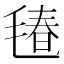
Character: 𱥢